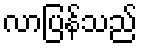
လာပြန်သည်